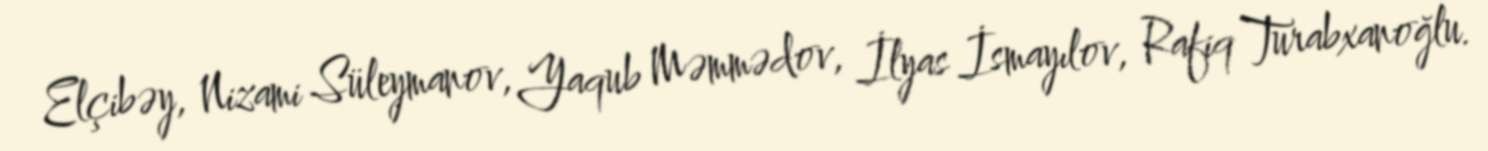
Elçibəy, Nizami Süleymanov, Yaqub Məmmədov, İlyas İsmayılov, Rafiq Turabxanoğlu.